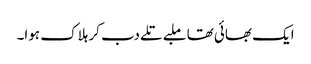
ایک بھائی تھا ملبے تلے دب کر ہلاک ہوا۔